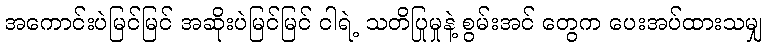
အကောင်းပဲမြင်မြင် အဆိုးပဲမြင်မြင် ငါရဲ့ သတိပြုမှုနဲ့ စွမ်းအင် တွေက ပေးအပ်ထားသမျှ